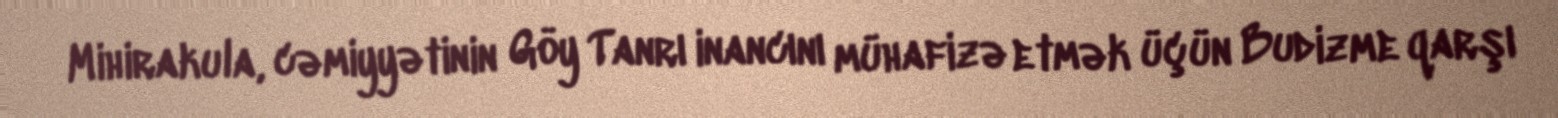
Mihirakula, cəmiyyətinin Göy Tanrı inancını mühafizə etmək üçün Budizme qarşı